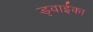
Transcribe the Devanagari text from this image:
ड्वाईका